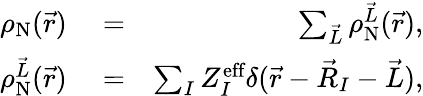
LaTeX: \begin{array}{rlr}{\rho_{\textrm{N}}(\vec{r})}&{{}=}&{\sum_{\vec{L}}\rho_{\textrm{N}}^{\vec{L}}(\vec{r}),}\\ {\rho_{\textrm{N}}^{\vec{L}}(\vec{r})}&{{}=}&{\sum_{I}Z_{I}^{\textrm{eff}}\delta(\vec{r}-\vec{R}_{I}-\vec{L}),}\end{array}